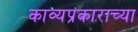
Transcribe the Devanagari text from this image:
काव्यप्रकाराच्या